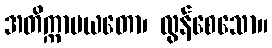
အတိက္ကာမယတော၊ လွန်စေသော။